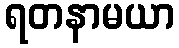
ရတနာမယာ